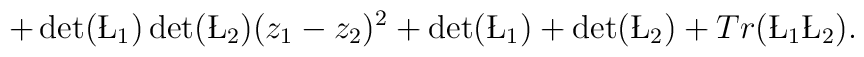
+\det(\L_1)\det(\L_2)(z_1-z_2)^2+\det(\L_1)+\det(\L_2)+Tr(\L_1\L_2).